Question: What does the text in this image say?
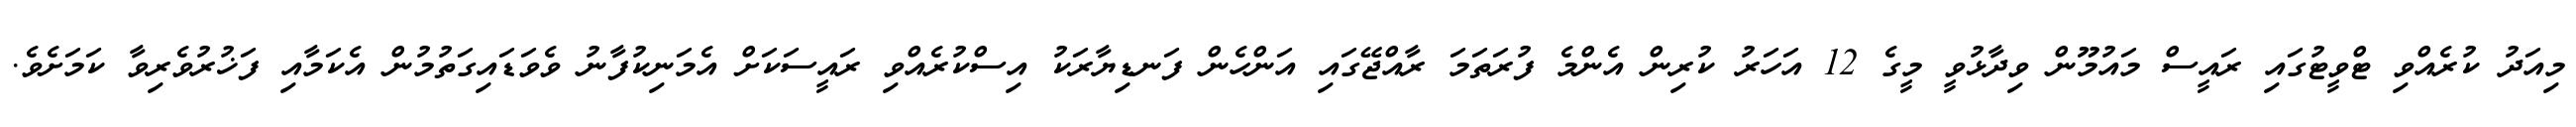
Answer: މިއަދު ކުރެއްވި ޓްވީޓުގައި ރައީސް މައުމޫން ވިދާޅުވީ މީގެ 12 އަހަރު ކުރިން އެންމެ ފުރަތަމަ ރާއްޖޭގައި އަންހެން ފަނޑިޔާރަކު އިސްކުރެއްވި ރައީސަކަށް އެމަނިކުފާނު ވެވަޑައިގަތުމުން އެކަމާއި ފަޚުރުވެރިވާ ކަމަށެވެ.